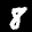
Label: 8